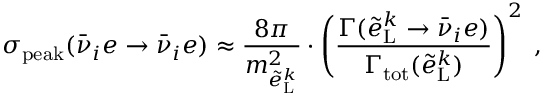
\sigma _ { \mathrm { p e a k } } ( \bar { \nu } _ { i } e \rightarrow \bar { \nu } _ { i } e ) \approx \frac { 8 \pi } { m _ { \tilde { e } _ { \mathrm { L } } ^ { k } } ^ { 2 } } \cdot \left( \frac { \Gamma ( \tilde { e } _ { \mathrm { L } } ^ { k } \rightarrow \bar { \nu } _ { i } e ) } { \Gamma _ { \mathrm { t o t } } ( \tilde { e } _ { \mathrm { L } } ^ { k } ) } \right) ^ { 2 } \; ,